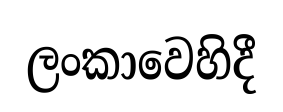
ලංකාවෙහිදී